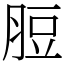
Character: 脰